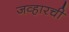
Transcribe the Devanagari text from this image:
जव्हारची